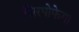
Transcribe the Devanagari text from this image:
सिरपोफेगा